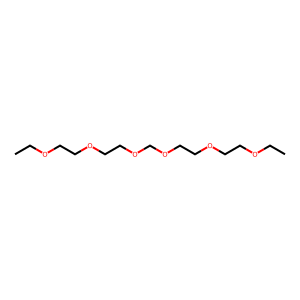
SMILES: CCOCCOCCOCOCCOCCOCC
Inhibits HIV replication: No